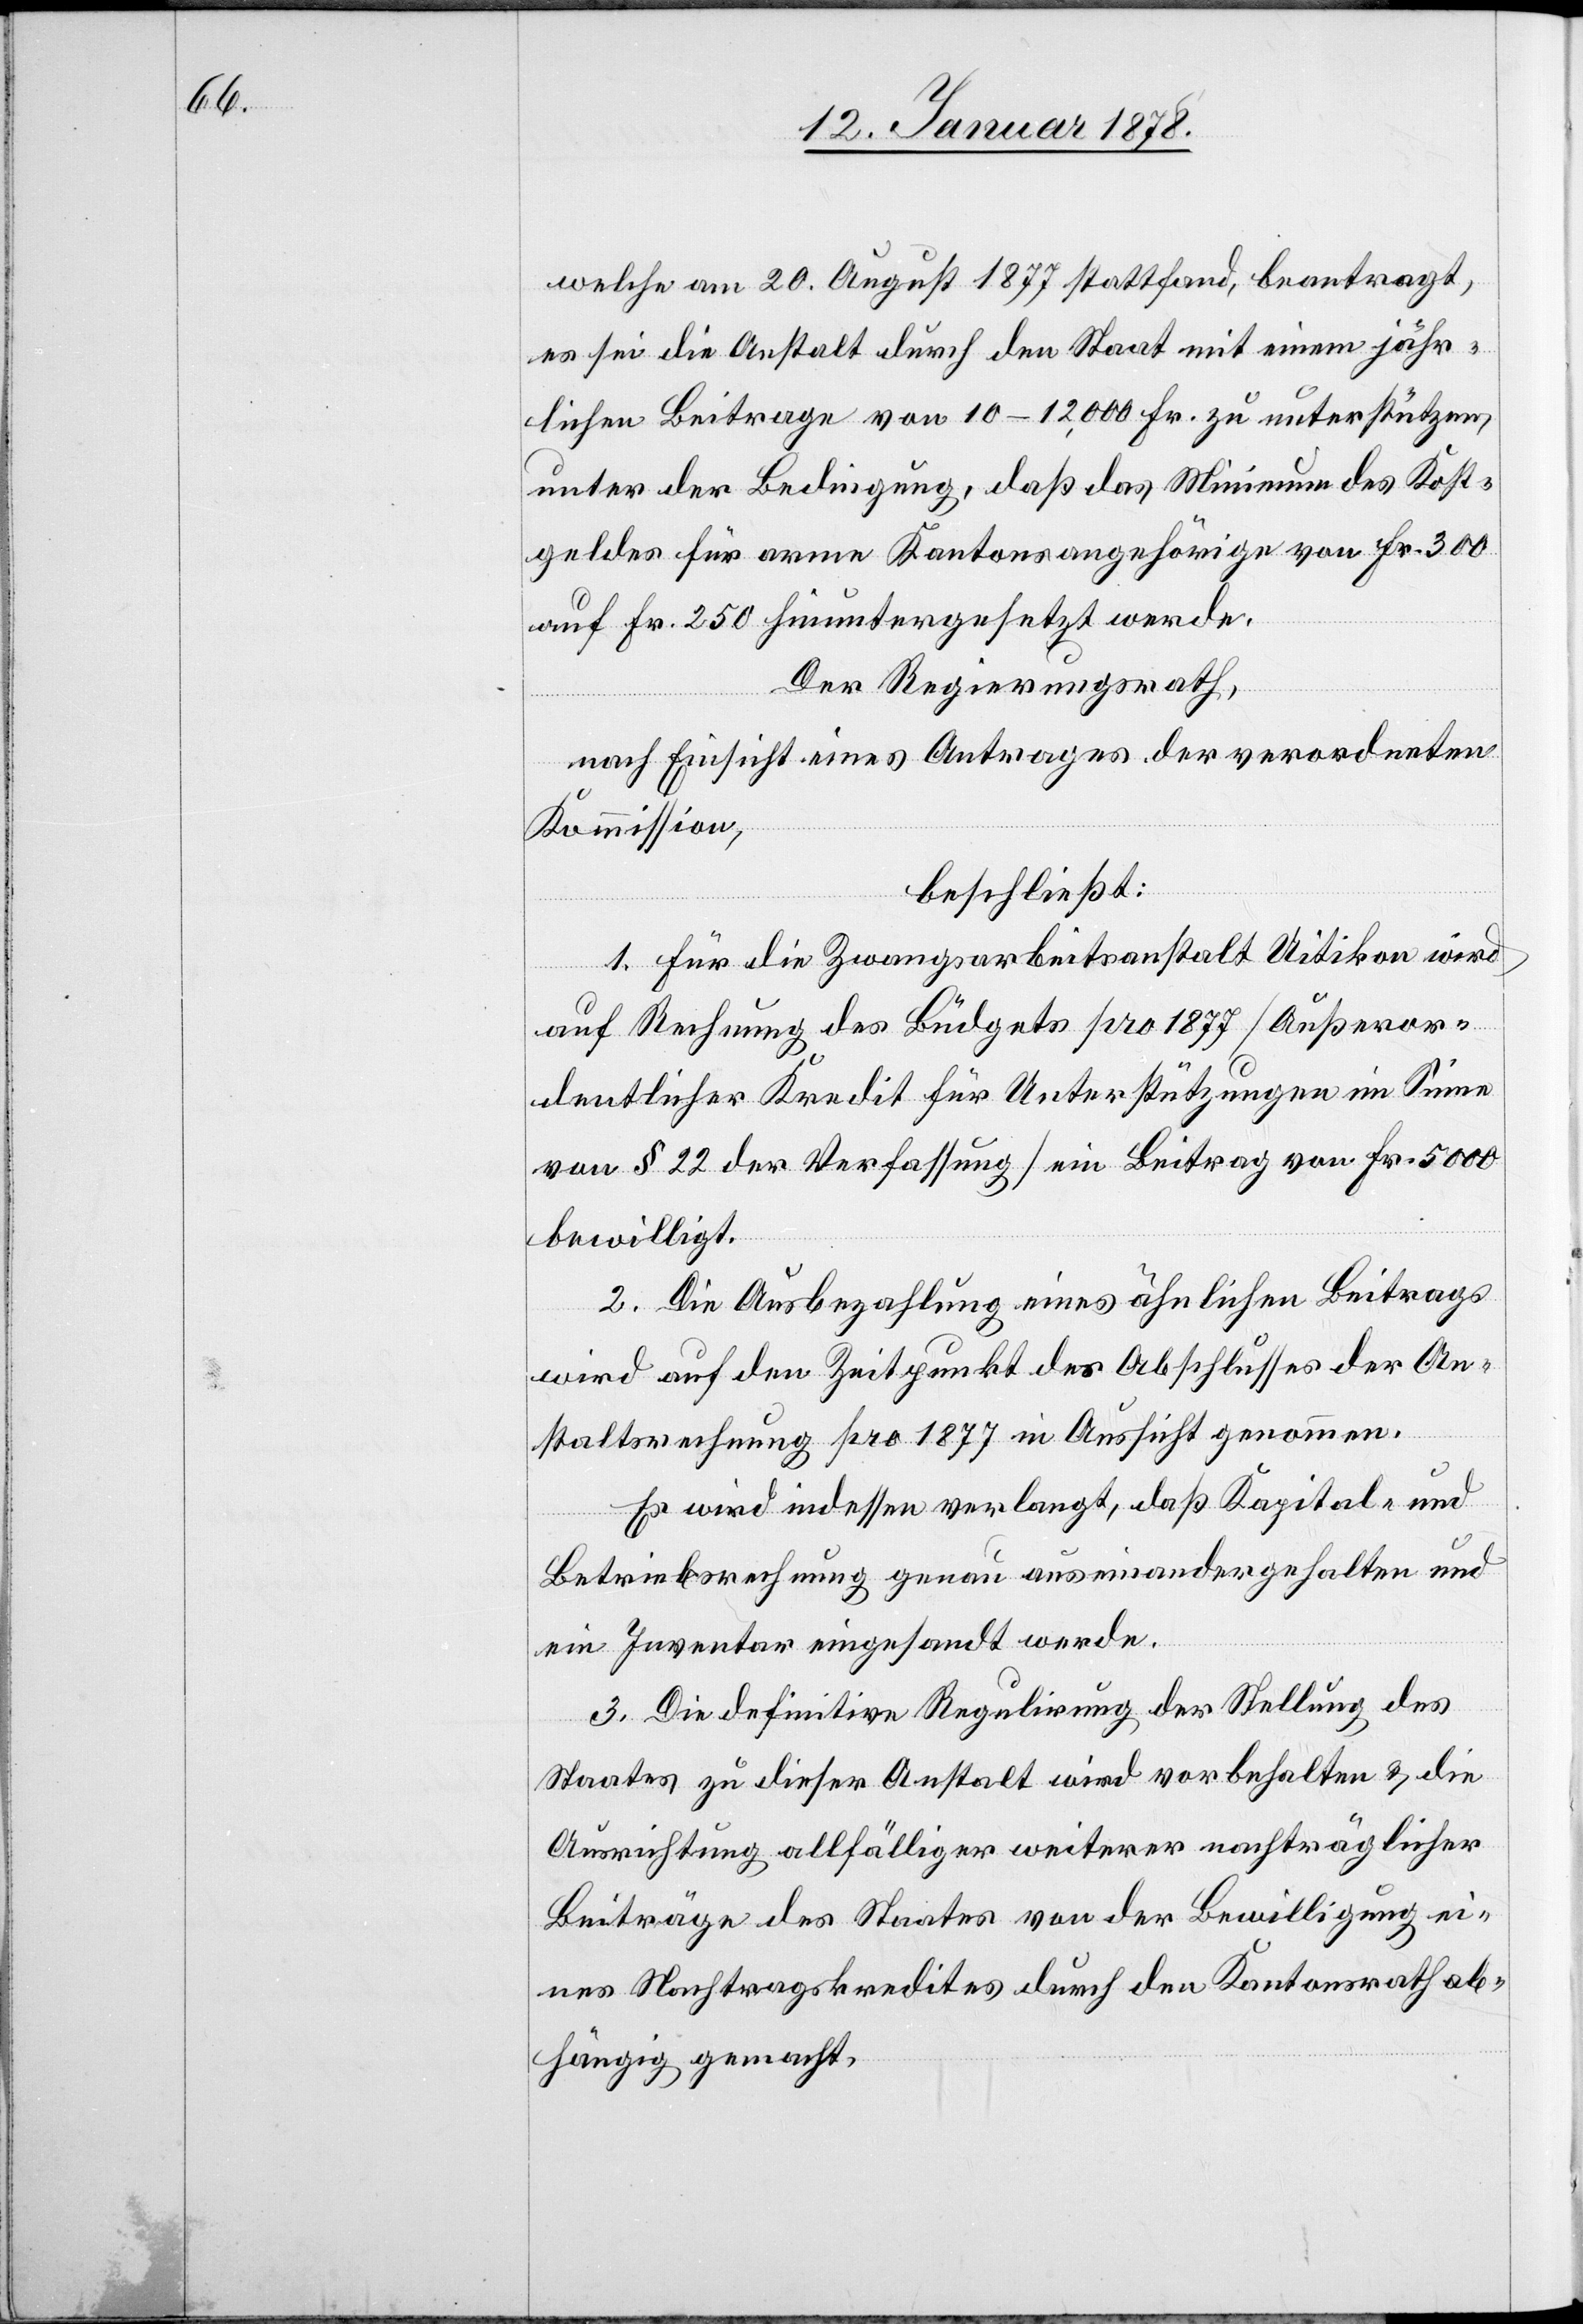
welche am 20. August 1877 stattfand, beantragt,
es sei die Anstalt durch den Staat mit einem jähr¬
lichen Beitrage von 10–12,000 Fr. zu unterstützen,
unter der Bedingung, daß das Minimum des Kost¬
geldes für arme Kantonsangehörige von Fr. 300
auf Fr. 250 hinuntergesetzt werde.
Der Regierungsrath,
nach Einsicht eines Antrages der verordneten
Kommission,
beschließt:
1. Für die Zwangsarbeitsanstalt Uitikon wird
auf Rechnung des Büdgets pro 1877 [Außeror¬
dentlicher Kredit für Unterstützungen im Sinne
von § 22 der Verfassung] ein Beitrag von Fr. 5000
bewilligt.
2. Die Ausbezahlung eines ähnlichen Beitrages
wird auf den Zeitpunkt des Abschlusses der An¬
staltsrechnung pro 1877 in Aussicht genommen.
Es wird indessen verlangt, daß Kapital- und
Betriebsrechnung genau auseinandergehalten und
ein Inventar eingesandt werde.
3. Die definitive Regulirung der Stellung des
Staates zu dieser Anstalt wird vorbehalten & die
Ausrichtung allfälliger weiterer nachträglicher
Beiträge des Staates von der Bewilligung ei¬
nes Nachtragskredites durch den Kantonsrath ab¬
hängig gemacht.